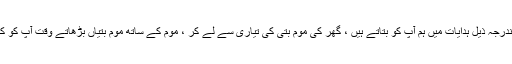
کوئی حرج نہیں ، مندرجہ ذیل ہدایات میں ہم آپ کو بتاتے ہیں ، گھر کی موم بتی کی تیاری سے لے کر ، موم کے ساتھ موم بتیاں بڑھاتے وقت آپ کو کیا غور کرنا چاہئے۔